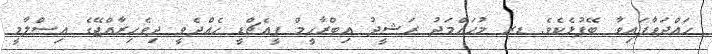
ހައްދަވާފައިވާ ބޭފުޅެކެވެ. ޑރ މުޙައްމަދު ރަޝީދު އިބްރާހީމް ޕީއެޗްޑީ ހެއްދެވީ ދިވެހިރާއްޖޭގެ އިސްލާމީ